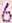
6